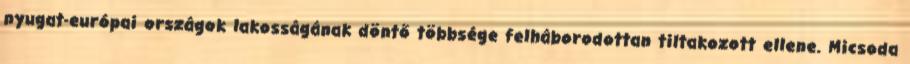
nyugat-európai országok lakosságának döntő többsége felháborodottan tiltakozott ellene. Micsoda